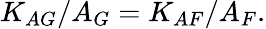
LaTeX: K_{AG}/A_{G}=K_{AF}/A_{F}.